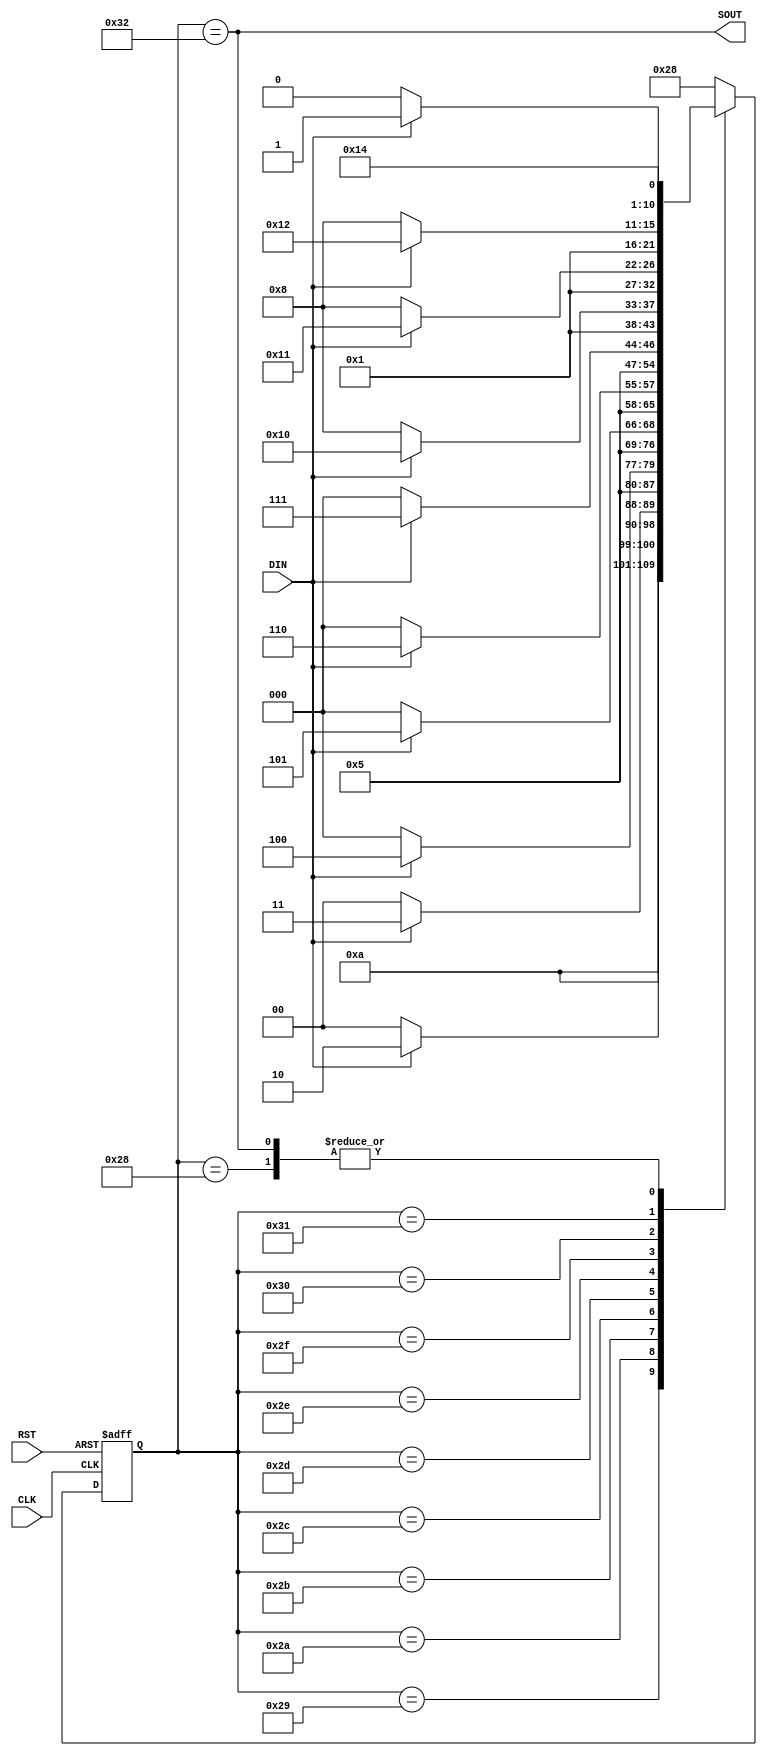
module SCHK(input CLK,DIN,RST, output SOUT);
  parameter  s0=40,s1=41,s2=42,s3=43,s4=44,s5=45,
             s6=46,s7=47,s8=48,s9=49,s10=50;
       reg[10:0] ST,NST;
       always @(posedge CLK or posedge RST)
         if(RST) ST<=s0;else ST<=NST;
       always @(ST or DIN) begin  
         case(ST)
           s0 : if(DIN==1'b1) NST<=s1; else NST<=s0;
           s1 : if(DIN==1'b1) NST<=s2; else NST<=s0;
           s2 : if(DIN==1'b1) NST<=s3; else NST<=s0;
           s3 : if(DIN==1'b1) NST<=s4; else NST<=s0;
           s4 : if(DIN==1'b1) NST<=s5; else NST<=s0;
           s5 : if(DIN==1'b1) NST<=s6; else NST<=s0;
           s6 : if(DIN==1'b1) NST<=s7; else NST<=s0;
           s7 : if(DIN==1'b1) NST<=s8; else NST<=s0;
           s8 : if(DIN==1'b1) NST<=s9; else NST<=s0;
           s9 : if(DIN==1'b1) NST<=s10; else NST<=s0;
           s10 : if(DIN==1'b1) NST<=s1; else NST<=s0;
           default : NST<=s0;
           endcase end
           assign SOUT=(ST==s10);
      endmodule